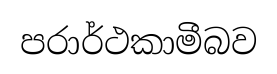
පරාර්ථකාමීබව